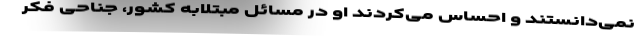
نمی‌دانستند و احساس می‌کردند او در مسائل مبتلابه کشور، جناحی فکر